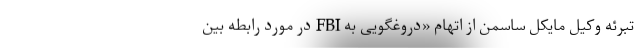
تبرئه وکیل مایکل ساسمن از اتهام «دروغگویی به FBI در مورد رابطه بین